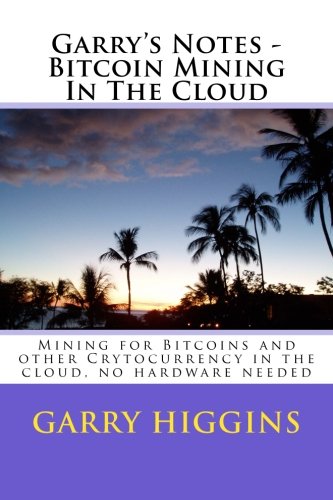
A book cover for Garry's Notes - Bitcoin Mining In The Cloud: Mining for Bitcoins and other Crytocurrency in the cloud; Mr Garry Don Higgins; Computers & Technology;